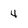
Character: 4